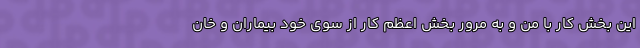
این بخش کار با من و به مرور بخش اعظم کار از سوی خود بیماران و خان